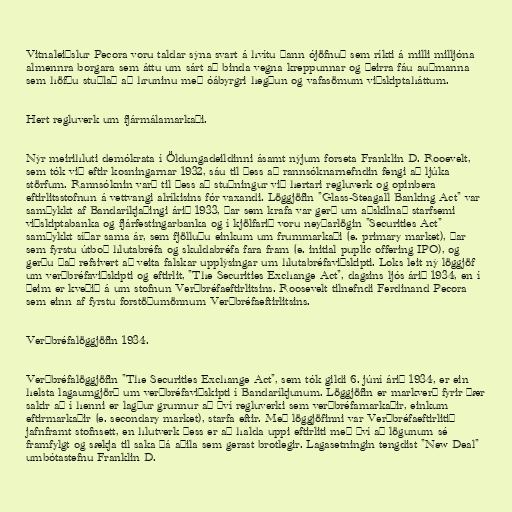
Vitnaleiðslur Pecora voru taldar sýna svart á hvítu þann ójöfnuð sem ríkti á milli milljóna
almennra borgara sem áttu um sárt að binda vegna kreppunnar og þeirra fáu auðmanna
sem höfðu stuðlað að hruninu með óábyrgri hegðun og vafasömum viðskiptaháttum.

Hert regluverk um fjármálamarkaði.

Nýr meirihluti demókrata í Öldungadeildinni ásamt nýjum forseta Franklin D. Rooevelt,
sem tók við eftir kosningarnar 1932, sáu til þess að rannsóknarnefndin fengi að ljúka
störfum. Rannsóknin varð til þess að stuðningur við hertari regluverk og opinbera
eftirlitsstofnun á vettvangi alríkisins fór vaxandi. Löggjöfin "Glass-Steagall Banking Act" var
samþykkt af Bandaríkjaþingi árið 1933, þar sem krafa var gerð um aðskilnað starfsemi
viðskiptabanka og fjárfestingarbanka og í kjölfarið voru neyðarlögin "Securities Act"
samþykkt síðar sama ár, sem fjölluðu einkum um frummarkaði (e. primary market), þar
sem fyrstu útboð hlutabréfa og skuldabréfa fara fram (e. initial puplic offering IPO), og
gerðu það refsivert að veita falskar upplýsingar um hlutabréfaviðskipti. Loks leit ný löggjöf
um verðbréfaviðskipti og eftirlit, "The Securities Exchange Act", dagsins ljós árið 1934, en í
þeim er kveðið á um stofnun Verðbréfaeftirlitsins. Roosevelt tilnefndi Ferdinand Pecora
sem einn af fyrstu forstöðumönnum Verðbréfaeftirlitsins.

Verðbréfalöggjöfin 1934.

Verðbréfalöggjöfin "The Securities Exchange Act", sem tók gildi 6. júní árið 1934, er ein
helsta lagaumgjörð um verðbréfaviðskipti í Bandaríkjunum. Löggjöfin er markverð fyrir þær
sakir að í henni er lagður grunnur að því regluverki sem verðbréfamarkaðir, einkum
eftirmarkaðir (e. secondary market), starfa eftir. Með löggjöfinni var Verðbréfaeftirlitið
jafnframt stofnsett, en hlutverk þess er að halda uppi eftirliti með því að lögunum sé
framfylgt og sækja til saka þá aðila sem gerast brotlegir. Lagasetningin tengdist "New Deal"
umbótastefnu Franklin D.